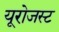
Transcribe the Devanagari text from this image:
यूरोजस्ट